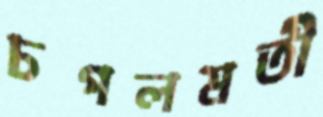
চপলমতী